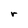
Character: r